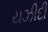
યઝીદી